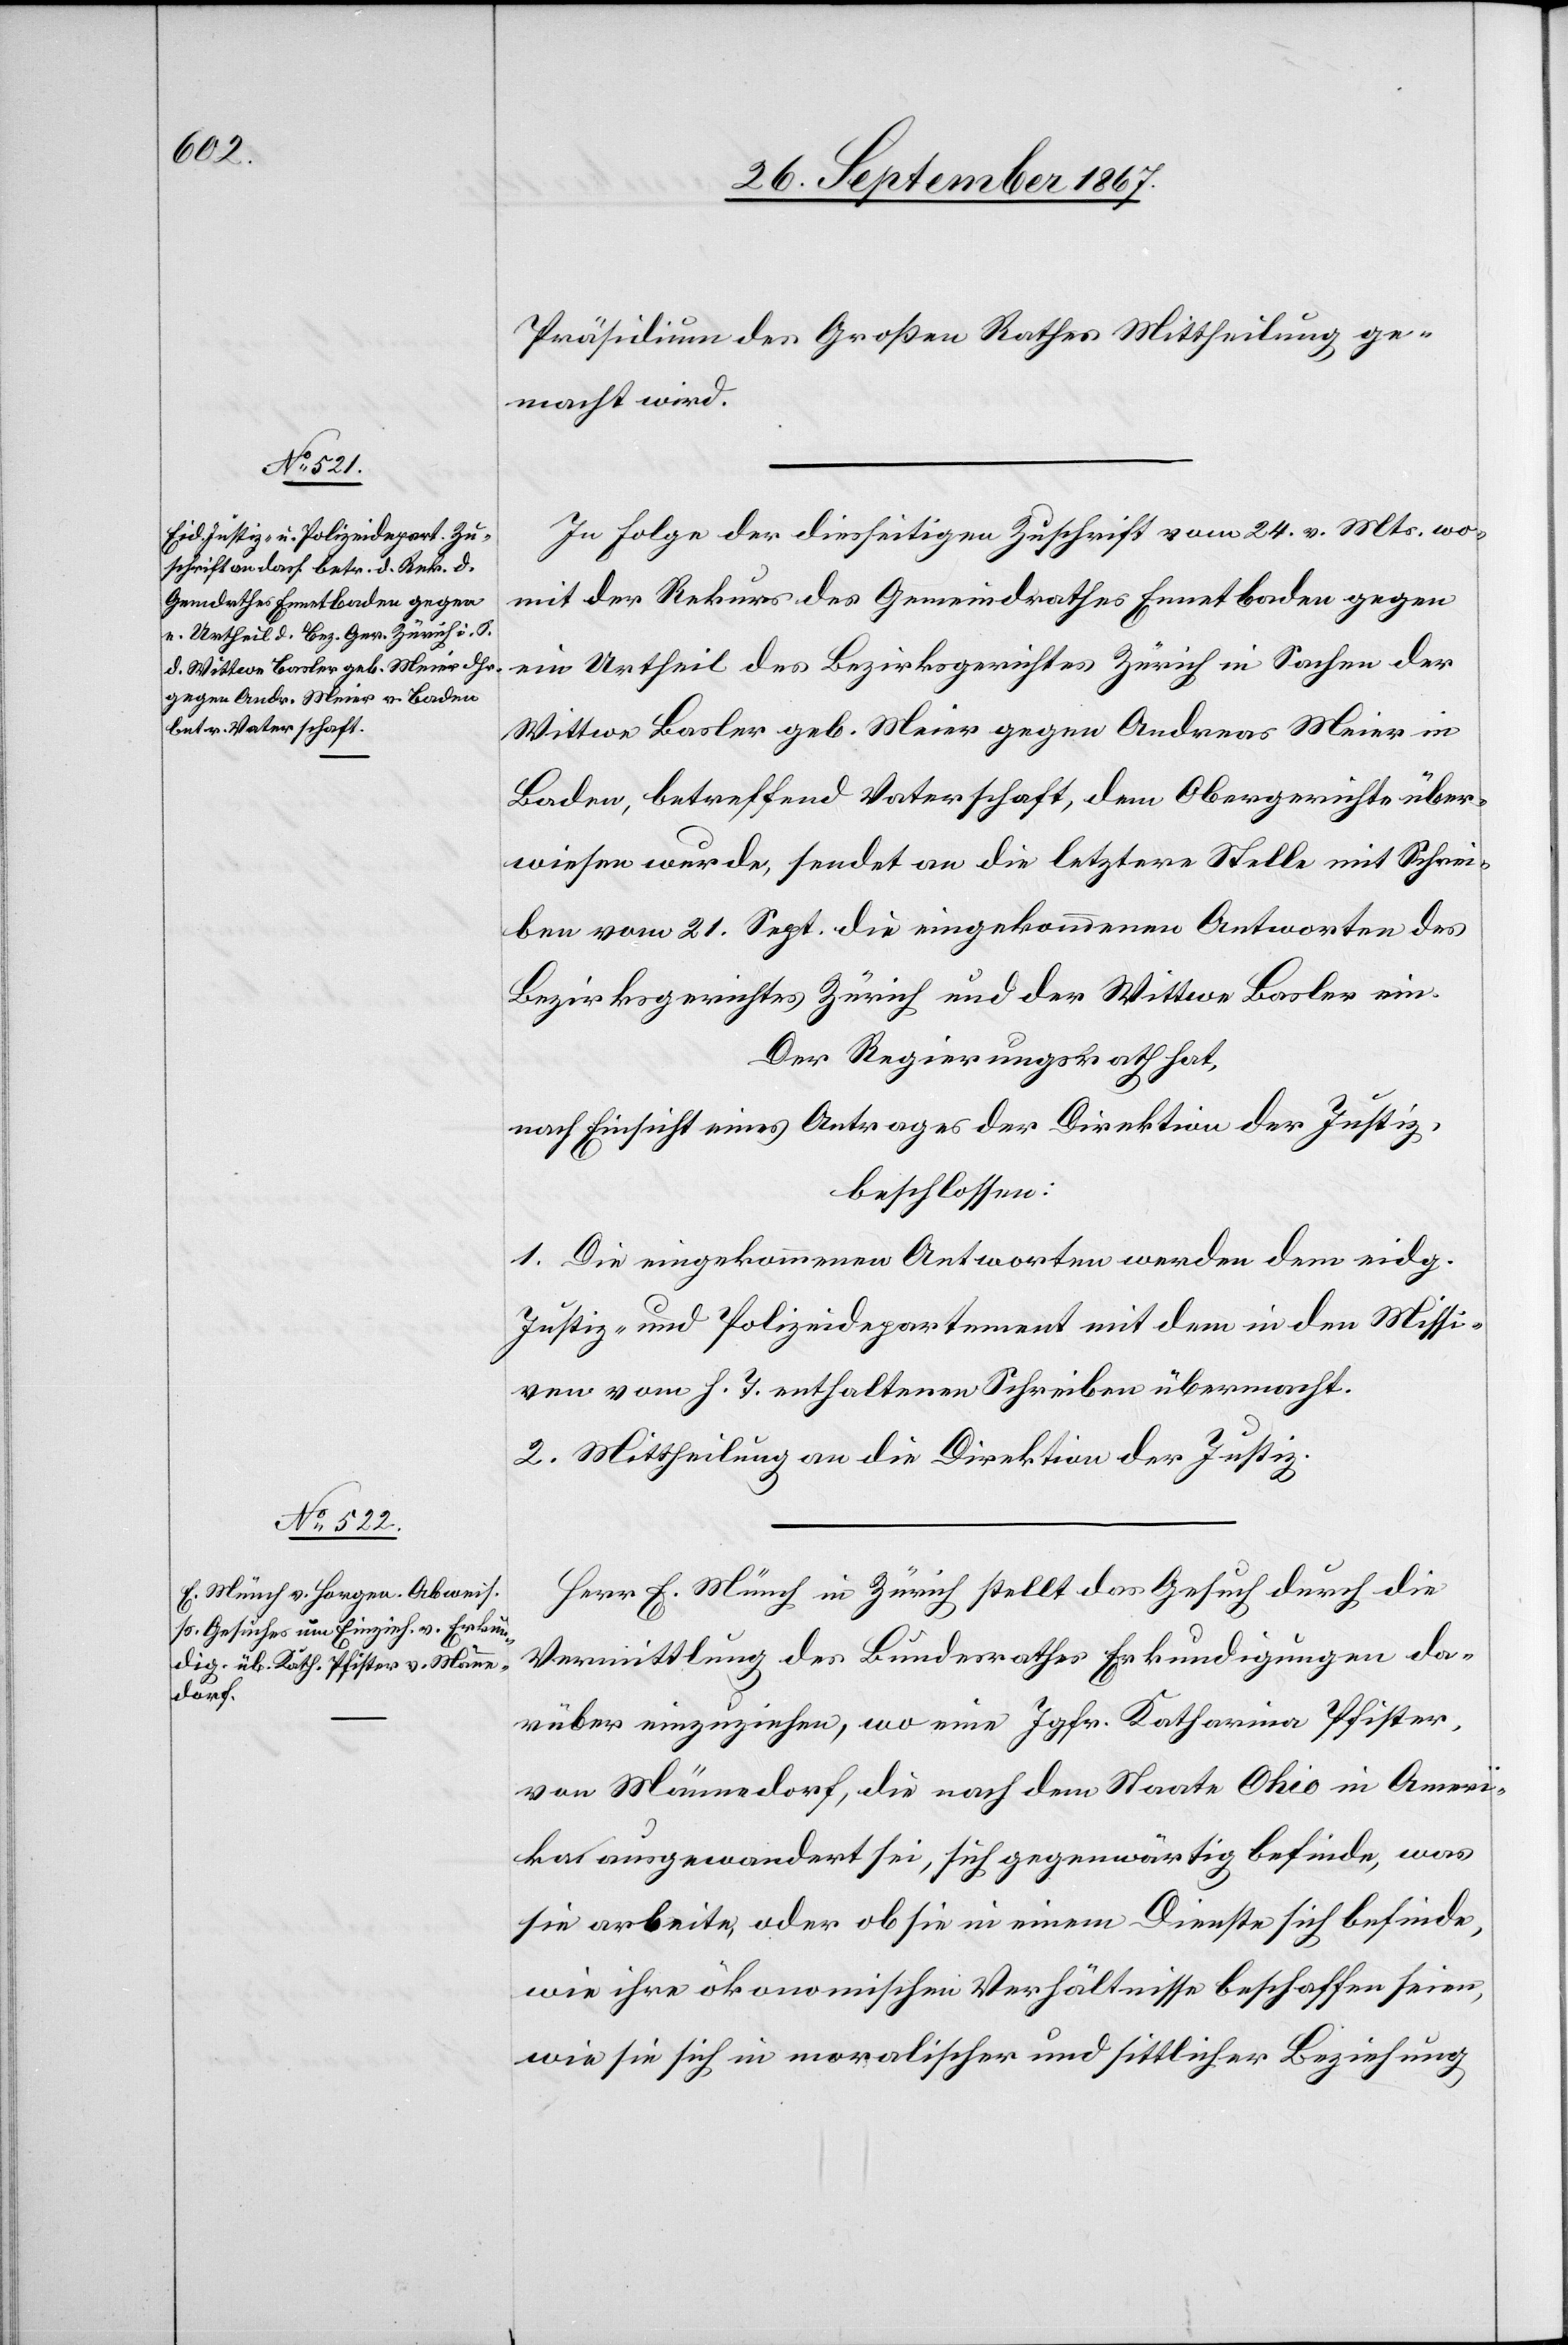
Präsidium des Großen Rathes Mittheilung ge¬
macht wird.
In Folge der diesseitigen Zuschrift vom 24. v. Mts. wo¬
mit der Rekurs des Gemeindrathes Ennetbaden gegen
ein Urtheil des Bezirksgerichtes Zürich in Sachen der
Wittwe Basler geb. Meier gegen Andreas Meier in
Baden, betreffend Vaterschaft, dem Obergerichte über¬
wiesen wurde, sendet an die letztere Stelle mit Schrei¬
ben vom 21. Sept. die eingekommene Antworten des
Bezirksgerichtes Zürich und der Wittwe Basler ein.
Der Regierungsrath hat,
nach Einsicht eines Antrages der Direktion der Justiz,
beschlossen:
1. Die eingekommenen Antworten werden dem eidg.
Justiz- u. Polizeidepartement mit dem in den Missi¬
ven vom h. T. enthaltenen Schreiben übermacht.
2. Mittheilung an die Direktion der Justiz.
Herr E. Münch in Zürich stellt das Gesuch durch die
Vermittlung des Bundesrathes Erkundigungen da¬
rüber einzuziehen, wo eine Jgfr. Katharina Pfister,
von Männedorf, die nach dem Staate Ohio in Ameri¬
ka ausgewandert sei, sich gegenwärtig befinde, was
sie arbeite, oder ob sie in einem Dienste sich befinde,
wie ihre ökonomischen Verhältnisse beschaffen seien,
wie sie sich in moralischer und sittlicher Beziehung